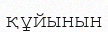
құйынын